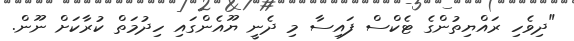
"ދިވެހި ރައްޔިތުންގެ ޓެކްސް ފައިސާ މި ދެނީ ޔޫއެންގައި ހިދުމަތް ކުރާކަށް ނޫން.